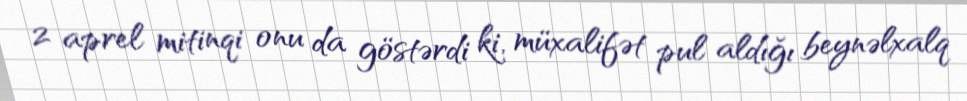
2 aprel mitinqi onu da göstərdi ki, müxalifət pul aldığı beynəlxalq